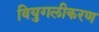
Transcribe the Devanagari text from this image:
वियुगलीकरण